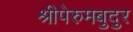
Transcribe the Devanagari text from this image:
श्रीपेरुमबुदुर